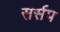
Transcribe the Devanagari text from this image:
सर्सप